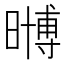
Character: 𭧧